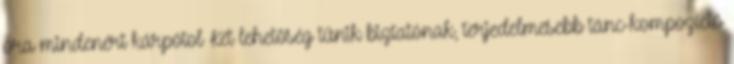
óra mindenért kárpótol Két lehetőség tűnik biztatónak, terjedelmesebb tánc-kompozíció